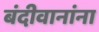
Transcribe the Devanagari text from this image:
बंदीवानांना